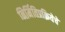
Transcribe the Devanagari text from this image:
निर्मितिप्रक्रियेचे